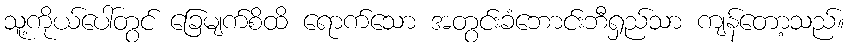
သူ့ကိုယ်ပေါ်တွင် ခြေမျက်စိထိ ရောက်သော အတွင်းခံဘောင်းဘီရှည်သာ ကျန်တော့သည်။